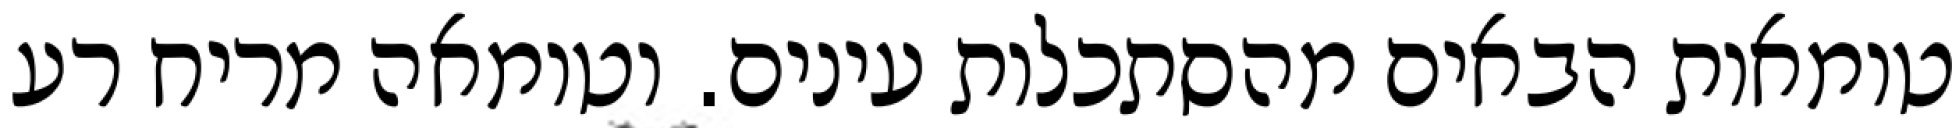
טומאות הבאים מהסתכלות עינים. וטומאה מריח רע